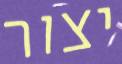
יצור